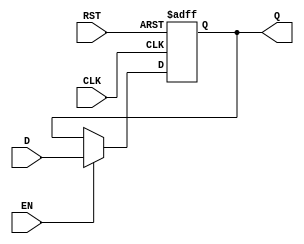
module DataRegister #(
    parameter WIDTH = 8  // Parameter for the bit width of the register
)(
    input  wire [WIDTH-1:0] D,    // Data input
    input  wire CLK,               // Clock signal
    input  wire RST,               // Asynchronous reset
    input  wire EN,                // Enable signal
    output reg  [WIDTH-1:0] Q      // Data output
);

    // Always block for the sequential logic
    always @(posedge CLK or posedge RST) begin
        if (RST) begin
            // Asynchronous reset: set Q to zero
            Q <= {WIDTH{1'b0}};
        end else if (EN) begin
            // Update register on clock edge if enabled
            Q <= D;
        end
        // If RST is not asserted and EN is low, Q retains its previous value
    end

endmodule